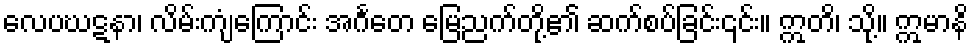
လေပဃဋနာ၊ လိမ်းကျံကြောင်း အင်္ဂတေ မြေညက်တို့၏ ဆက်စပ်ခြင်း၎င်း။ ဣတိ၊ သို့။ ဣမာနိ